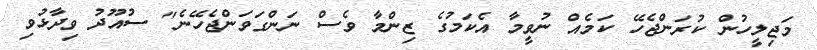
މަޖިލީހުން ކުރަންޖެހޭ ކަމެއް ނުވީމާ އެކަމުގެ ޒިންމާ ވެސް ނަންގަވަންޖެހޭނެ" ސުއޫދު ވިދާޅުވި